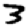
Digit: 3